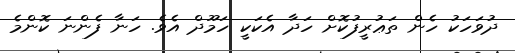
ދުވަހަކު ހެން ތަޢުރީފުކޮށް ހަދާ އެކަކީ ހަމޫދް އެވެ. ހަނާ ފެންނަ ކޮންމެ